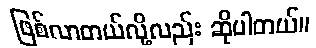
ဖြစ်လာတယ်လို့လည်း ဆိုပါတယ်။